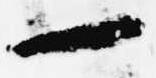
一